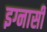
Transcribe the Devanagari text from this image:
इग्नासी